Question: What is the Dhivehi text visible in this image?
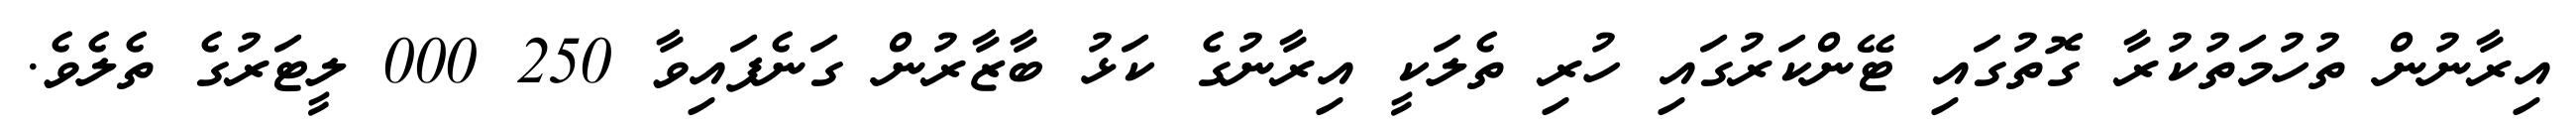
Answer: އިރާނުން ތުހުމަތުކުރާ ގޮތުގައި ޓޭންކަރުގައި ހުރި ތެލަކީ އިރާނުގެ ކަޅު ބާޒާރުން ގަނެފައިވާ 250 000 ލީޓަރުގެ ތެލެވެ.